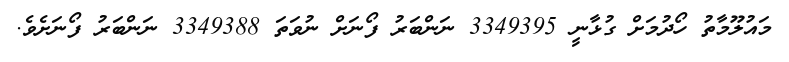
މައުލޫމާތު ހޯދުމަށް ގުޅާނީ 3349395 ނަންބަރު ފޯނަށް ނުވަތަ 3349388 ނަންބަރު ފޯނަށެވެ.